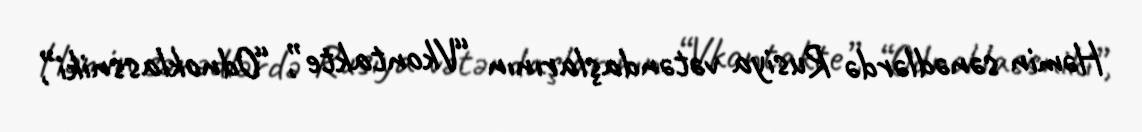
Həmin sənədlərdə Rusiya vətəndaşlarının “Vkontakte”, “Odnoklassniki”,